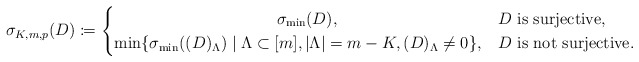
\begin{align*}\sigma_{K,m,p}(D)\coloneqq\begin{cases}\qquad\qquad\qquad\qquad\qquad\sigma_{\min}(D), & \mbox{$D$ is surjective},\\\displaystyle\min\{\sigma_{\min}((D)_\Lambda)\mid\Lambda\subset[m], |\Lambda|=m-K, (D)_\Lambda\neq 0\}, & \mbox{$D$ is not surjective}.\end{cases}\end{align*}